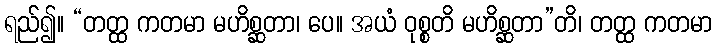
ရည်၍။ “တတ္ထ ကတမာ မဟိစ္ဆတာ၊ ပေ။ အယံ ဝုစ္စတိ မဟိစ္ဆတာ”တိ၊ တတ္ထ ကတမာ